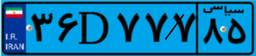
۳۶D۷۷۷۸۵